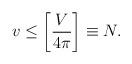
LaTeX: \begin{align*}v\leq \left[{V\over 4\pi}\right]\equiv N.\end{align*}